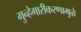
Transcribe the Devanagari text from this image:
गुन्हेगारीकरणामुळे